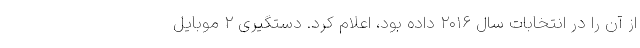
از آن را در انتخابات سال ۲۰۱۶ داده بود،‌ اعلام کرد. دستگیری ۲ موبایل